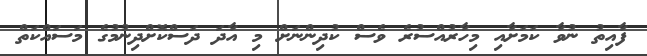
ފާއިތު ނުވާ ކަމަށާއި މިހާރުއްސުރެ ވެސް ކުދިންނަށް މި އާދަ ދަސްކޮށްދިނުމުގެ މަސައްކަތް